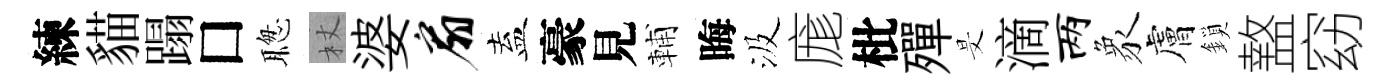
練貓蹋□聦杖婆扇盍豪見輔晦汲庬枇殫旻滴两象膚鎖盩窈